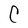
Character: C